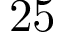
2 5